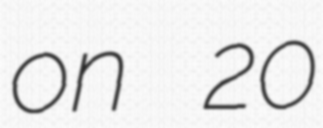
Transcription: on 20